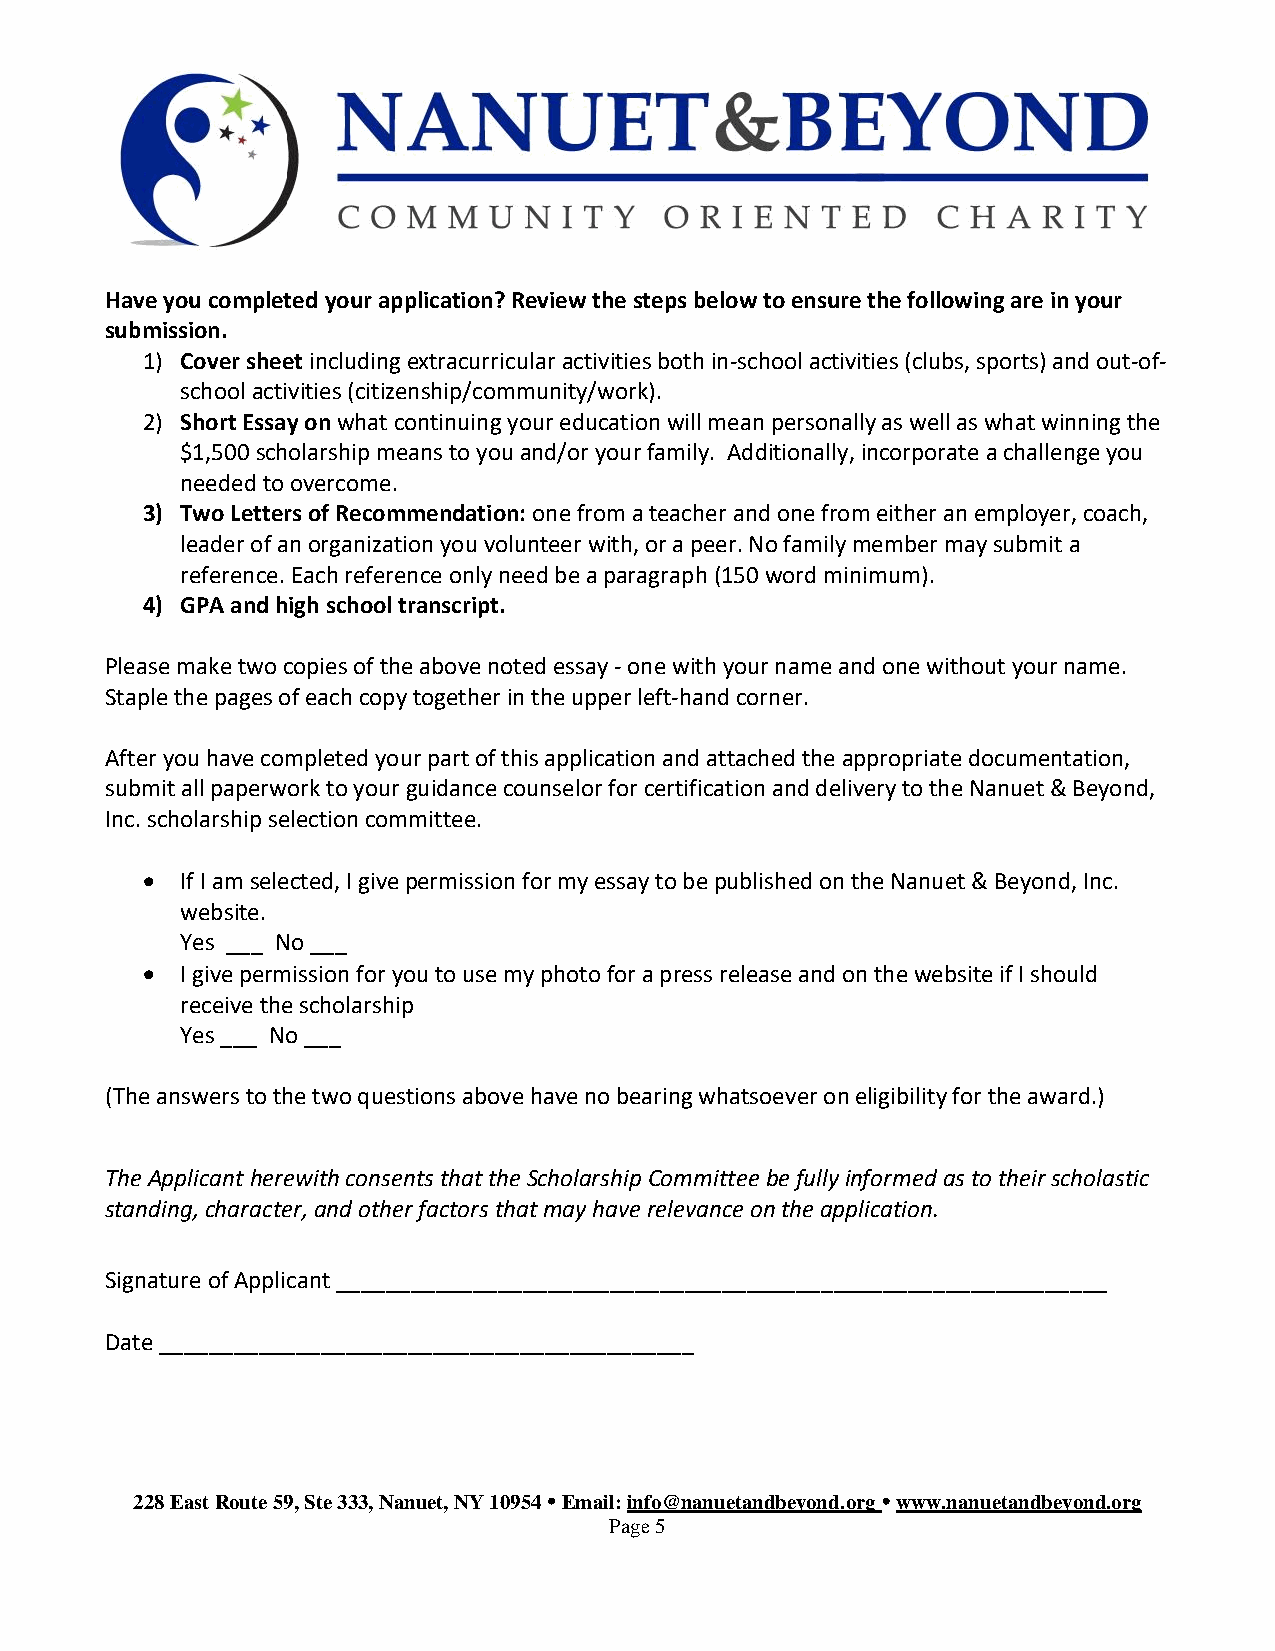
Have you completed your application? Review the steps below to ensure the following are in your
 submission.
 1) Cover sheet including extracurricular activities both in-school activities (clubs, sports) and out-of-
 school activities (citizenship/community/work).
 2) Short Essay on what continuing your education will mean personally as well as what winning the
 $1,500 scholarship means to you and/or your family. Additionally, incorporate a challenge you
 needed to overcome.
 3) Two Letters of Recommendation: one from a teacher and one from either an employer, coach,
 leader of an organization you volunteer with, or a peer. No family member may submit a
 reference. Each reference only need be a paragraph (150 word minimum).
 4) GPA and high school transcript.
 Please make two copies of the above noted essay - one with your name and one without your name.
 Staple the pages of each copy together in the upper left-hand corner.
 After you have completed your part of this application and attached the appropriate documentation,
 submit all paperwork to your guidance counselor for certification and delivery to the Nanuet & Beyond,
 Inc. scholarship selection committee.
 •  If I am selected, I give permission for my essay to be published on the Nanuet & Beyond, Inc.
 website.
 Yes ___ No ___
 •  I give permission for you to use my photo for a press release and on the website if I should
 receive the scholarship
 Yes ___ No ___
 (The answers to the two questions above have no bearing whatsoever on eligibility for the award.)
 The Applicant herewith consents that the Scholarship Committee be fully informed as to their scholastic
 standing, character, and other factors that may have relevance on the application.
 Signature of Applicant ______________________________________________________________
 Date ___________________________________________
 228 East Route 59, Ste 333, Nanuet, NY 10954  Email: info@nanuetandbeyond.org  www.nanuetandbeyond.org
 Page 5